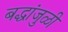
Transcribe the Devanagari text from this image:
बद्धांजुळी